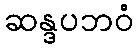
ဆန္ဒပဘဝံ